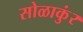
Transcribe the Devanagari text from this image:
सोळाकुंर